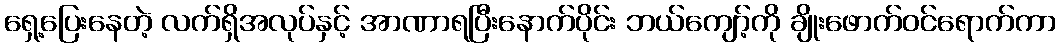
ရှေ့ပြေးနေတဲ့ လက်ရှိအလုပ်နှင့် အာဏာရပြီးနောက်ပိုင်း ဘယ်ကျော့်ကို ချိုးဖောက်ဝင်ရောက်ကာ